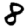
Digit: 8